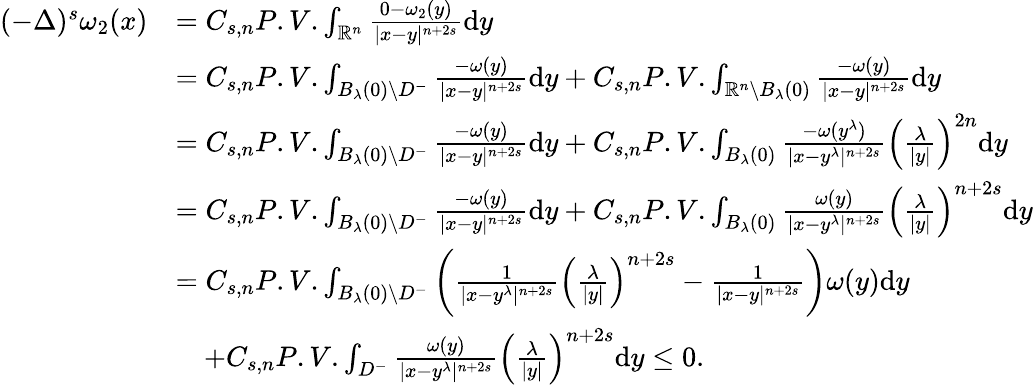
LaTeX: \begin{array}{rl}{(-\Delta)^{s}\omega_{2}(x)}&{=C_{s,n}P.V.\int_{\mathbb R^{n}}\frac{0-\omega_{2}(y)}{|x-y|^{n+2s}}\mathrm{d}y}\\ &{=C_{s,n}P.V.\int_{B_{\lambda}(0)\setminus D^{-}}\frac{-\omega(y)}{|x-y|^{n+2s}}\mathrm{d}y+C_{s,n}P.V.\int_{\mathbb R^{n}\setminus B_{\lambda}(0)}\frac{-\omega(y)}{|x-y|^{n+2s}}\mathrm{d}y}\\ &{=C_{s,n}P.V.\int_{B_{\lambda}(0)\setminus D^{-}}\frac{-\omega(y)}{|x-y|^{n+2s}}\mathrm{d}y+C_{s,n}P.V.\int_{B_{\lambda}(0)}\frac{-\omega(y^{\lambda})}{|x-y^{\lambda}|^{n+2s}}\left(\frac{\lambda}{|y|}\right)^{2n}\mathrm{d}y}\\ &{=C_{s,n}P.V.\int_{B_{\lambda}(0)\setminus D^{-}}\frac{-\omega(y)}{|x-y|^{n+2s}}\mathrm{d}y+C_{s,n}P.V.\int_{B_{\lambda}(0)}\frac{\omega(y)}{|x-y^{\lambda}|^{n+2s}}\left(\frac{\lambda}{|y|}\right)^{n+2s}\mathrm{d}y}\\ &{=C_{s,n}P.V.\int_{B_{\lambda}(0)\setminus D^{-}}\left(\frac{1}{|x-y^{\lambda}|^{n+2s}}\left(\frac{\lambda}{|y|}\right)^{n+2s}-\frac{1}{|x-y|^{n+2s}}\right)\omega(y)\mathrm{d}y}\\ &{\quad+C_{s,n}P.V.\int_{D^{-}}\frac{\omega(y)}{|x-y^{\lambda}|^{n+2s}}\left(\frac{\lambda}{|y|}\right)^{n+2s}\mathrm{d}y\leq 0.}\end{array}